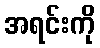
အရင်းကို